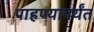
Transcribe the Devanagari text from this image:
पाहण्यापर्यंत